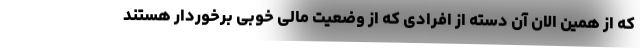
که از همین الان آن دسته از افرادی که از وضعیت مالی خوبی برخوردار هستند